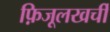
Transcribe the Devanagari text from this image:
फ़िजूलखर्ची